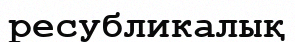
ресубликалық